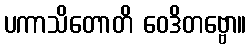
ပကာသိတောတိ ဝေဒိတဗ္ဗော။